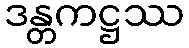
ဒန္တကဋ္ဌဿ